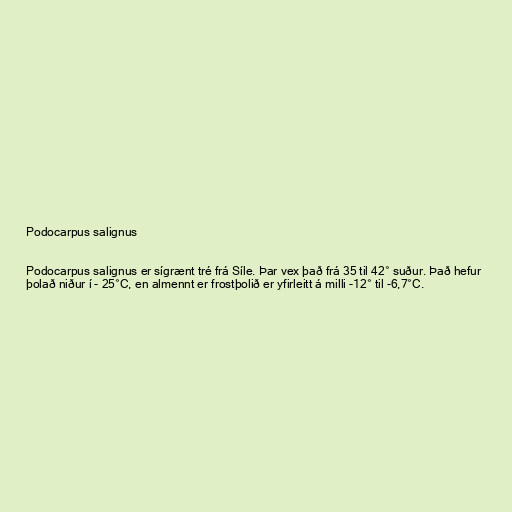
Podocarpus salignus

Podocarpus salignus er sígrænt tré frá Síle. Þar vex það frá 35 til 42° suður. Það hefur
þolað niður í - 25°C, en almennt er frostþolið er yfirleitt á milli -12° til -6,7°C.